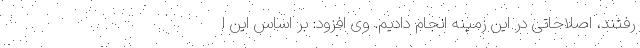
رفتند، اصلاحاتی در این زمینه انجام دادیم. وی افزود: بر اساس این ا